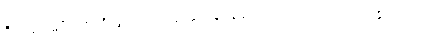
ဒီကမြင်းမျိုးတွေဆိုလျှင် သဲထဲ ခွာဆစ်မြုပ်နေ၍ နွားလောက်သာ သွားနိုင်မည်။